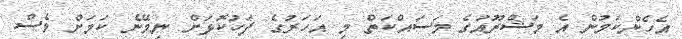
އެހެންކަމުން އެ މަޝްރޫއުގެ މަސައްކަތް މި އަހަރުގެ ފަހުކޮޅަށް ނިމޭނެ ކަމަށް ވެސް